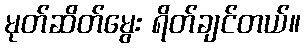
မုတ်ဆိတ်မွေး ရိတ်ချင်တယ်။